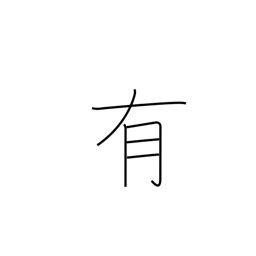
Meaning: occur